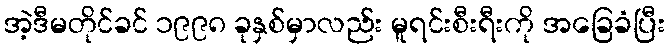
အဲ့ဒီမတိုင်ခင် ၁၉၉၈ ခုနှစ်မှာလည်း မူရင်းစီးရီးကို အခြေခံပြီး